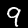
Digit: 9